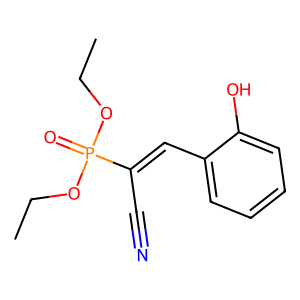
SMILES: CCOP(=O)(OCC)C(C#N)=Cc1ccccc1O
Inhibits HIV replication: No